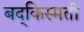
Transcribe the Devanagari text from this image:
बद्किस्मती